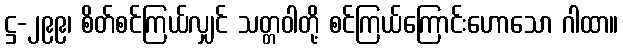
ဋ္ဌ-၂၉၉၊ စိတ်စင်ကြယ်လျှင် သတ္တဝါတို့ စင်ကြယ်ကြောင်းဟောသော ဂါထာ။